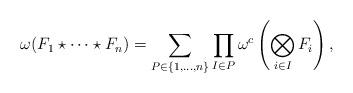
LaTeX: \begin{align*}\omega(F_1\star \dots \star F_n) = \sum_{P\in \{1, \dots, n\}} \prod_{I\in P} \omega^c\left(\bigotimes_{i\in I} F_i \right),\end{align*}